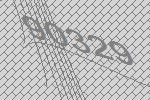
90329